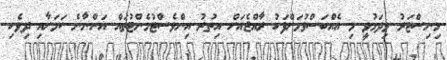
މިނިސްޓަރު ވިދަޅުވީ މި އެއްބަސްވުމަށްފަހު ރާއްޖެއަށް އިތުރު އިންވެސްޓުމެންޓުތައް އަންނާނެ ކަމަށާއި ދިވެހި